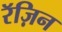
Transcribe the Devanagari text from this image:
रॅज़िन